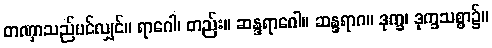
တဏှာသည်ပင်လျှင်။ ရာဂေါ၊ တည်း။ ဆန္ဒရာဂေါ။ ဆန္ဒရာဂ။ ဒုက္ခ၊ ဒုက္ခသစ္စာ၌။